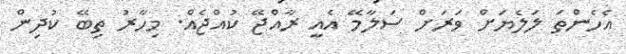
އެހެންތަ ލަލެޔަށް ވަރަށް ސަލާމޭ އެއީ ރާއްޖޭ ކުއްޖެއް. މިހާރު ތިބޭ ކުދިން